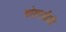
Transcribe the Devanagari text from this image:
मोरारजींशी